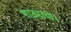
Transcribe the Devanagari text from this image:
भाऊराया।